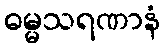
ဓမ္မသရဏာနံ